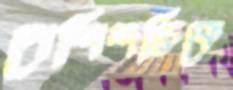
পেশিশক্তিকে